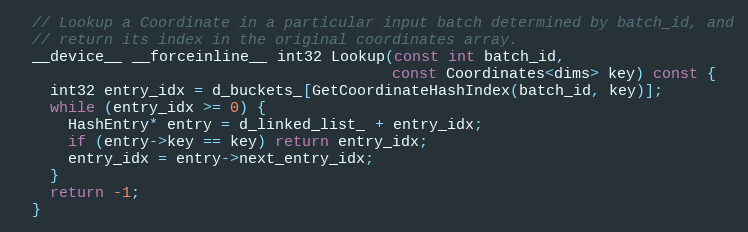
Language: C
  // Lookup a Coordinate in a particular input batch determined by batch_id, and
  // return its index in the original coordinates array.
  __device__ __forceinline__ int32 Lookup(const int batch_id,
                                          const Coordinates<dims> key) const {
    int32 entry_idx = d_buckets_[GetCoordinateHashIndex(batch_id, key)];
    while (entry_idx >= 0) {
      HashEntry* entry = d_linked_list_ + entry_idx;
      if (entry->key == key) return entry_idx;
      entry_idx = entry->next_entry_idx;
    }
    return -1;
  }